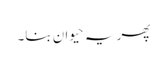
پھر یہ حیوان بنا۔